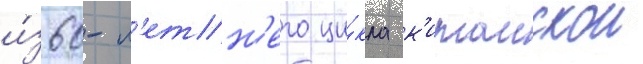
и́з 60-л'етн'его ци́кла к'итаискои